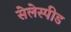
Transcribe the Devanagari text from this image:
सेलेस्पीड